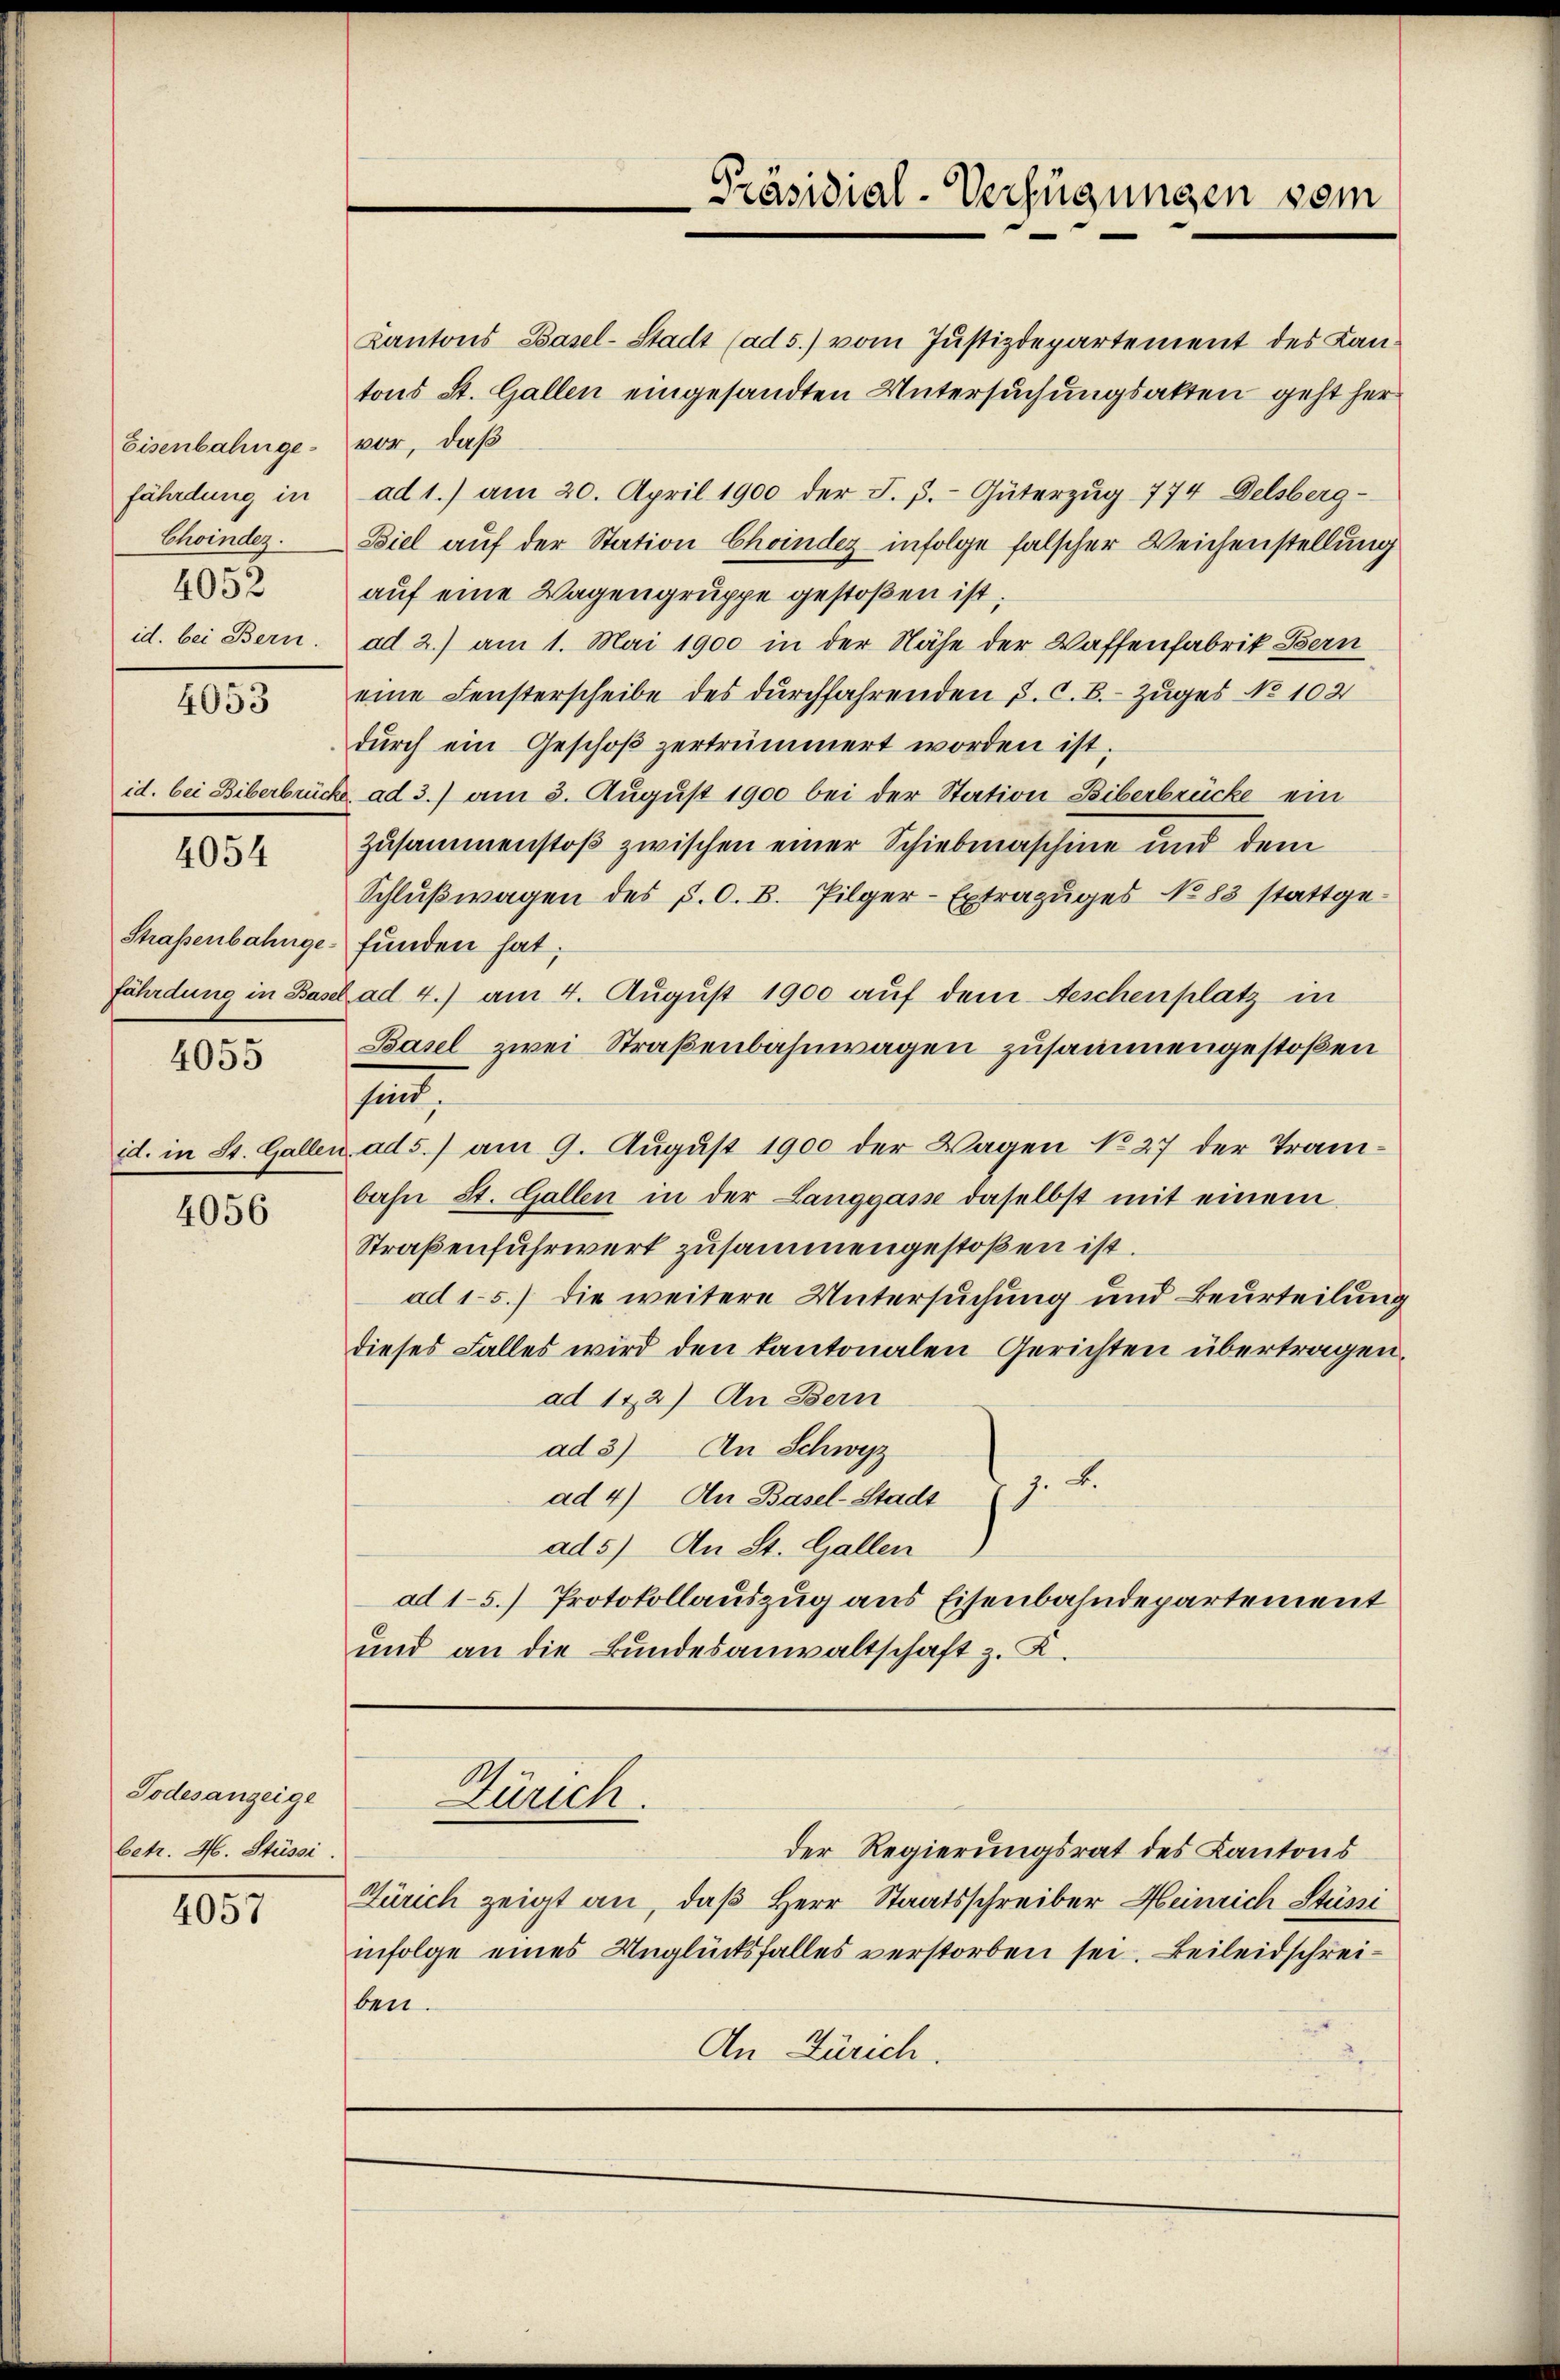
Eisenbahngefährdung in
Choindez.
4052
id. bei Bern.

4053

id. bei Biberbrücke

4054

Straßenbahngefährdung in Base

4055

id. in St. Gallen

4056

Todesanzeige
betr. H. Stüssi

4057

Kantons Basel-Stadt (ad 5.) vom Justizdepartement des Kantons St. Gallen eingesandten Untersuchungsakten geht her
vor, daß
ad 1.) am 20. April 1900 der F. P. Güterzŭg 774 Delsberg-
Biel auf der Station Choinder infolge falscher Weichenstellung
auf eine Wagengruppe gestoßen ist,
ad 2.) am 1. Mai 1900 in der Nähe der Waffenfabrik Bern
eine Fensterscheibe des durchfahrenden J. C. B. Zuges No 102
durch ein Geschoß zertrümmert worden ist.
. ad 3.) am 3. August 1900 bei der Station Biberbrücke ein
zusammenstoß zwischen einer Schiebmaschine und dem
Schlŭβwagen des P. O. B. Pilger-Extrazuges No 83 stattge-
funden hat;
Rad 4.) am 4. August 1900 auf dem Aeschenplatz in
Basel zwei Straßenbahnwagen zusammengestoßen
han
ads) am 9. August 1900 der Wagen No 27 der Trambahn St. Gallen in der Langgasse daselbst mit einem
Straßenfuhrwert zusammengestoßen ist.
ad 15.) die weitere Untersuchung und Beurteilung
dieses Falles wird den kantonalen Gerichten übertragen.
ad 142) An Bern
ad 3) An Schwyz
2.
1.
ad 4) An Basel-Stadt
ad 5) An St. Gallen
ad 15.) Protokollauszug aus Eisenbahndepartement
und an die Bundesanwaltschaft z. B.

der Regierungsrat des Kantons
Zürich zeigt an, daß Herr Staatsschreiber Heinrich Stüni
infolge eines Unglücksfalles verstorben sei. Beileidschreiben.
An Zürich.

Präsidial-Verfügungen vom

Zürich.